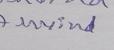
Signature authenticity: genuine